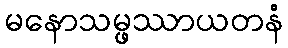
မနောသမ္ဖဿာယတနံ